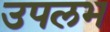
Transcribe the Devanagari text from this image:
उपलभ